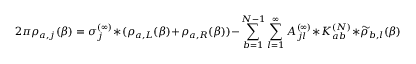
2 \pi { \rho } _ { a , j } ( \beta ) = \sigma _ { j } ^ { ( \infty ) } * ( \rho _ { a , L } ( \beta ) + \rho _ { a , R } ( \beta ) ) - \sum _ { b = 1 } ^ { N - 1 } \sum _ { l = 1 } ^ { \infty } A _ { j l } ^ { ( \infty ) } * K _ { a b } ^ { ( N ) } * \widetilde \rho _ { b , l } ( \beta )